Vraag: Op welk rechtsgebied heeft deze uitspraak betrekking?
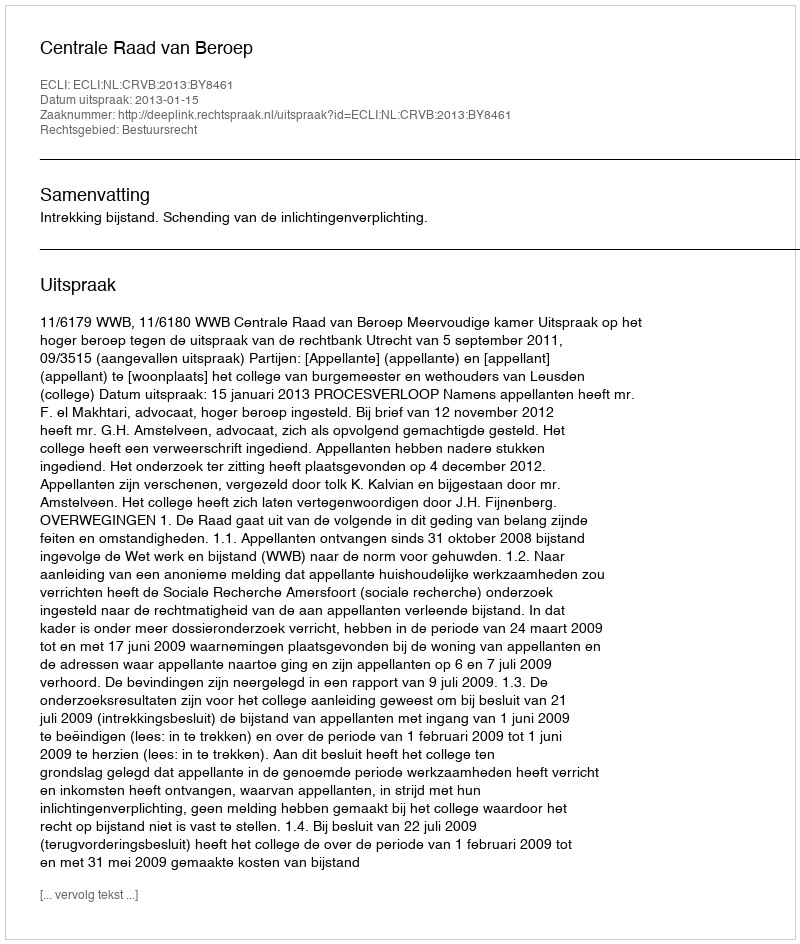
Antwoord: Bestuursrecht